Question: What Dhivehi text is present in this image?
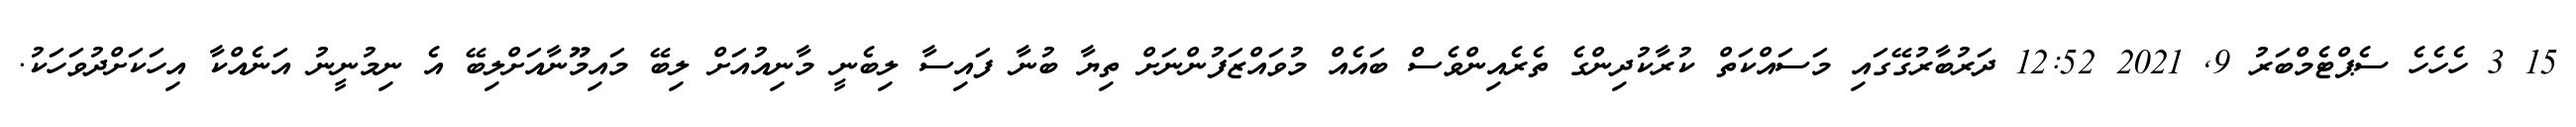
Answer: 15 3 ހެހެހެ ސެޕްޓެމްބަރު 9, 2021 12:52 ދަރުބާރުގޭގައި މަސައްކަތް ކުރާކުދިންގެ ތެރެއިންވެސް ބައެއް މުވައްޒަފުންނަށް ތިޔާ ބުނާ ފައިސާ ލިބެނީ މާނިއުއަށް ލިބޭ މައިމޫނާއަށްލިބޭ އެ ނިމުނީނު އަނެއްކާ އިހަކަށްދުވަހަކު.